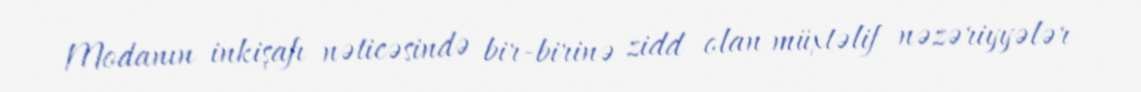
Modanın inkişafı nəticəsində bir-birinə zidd olan müxtəlif nəzəriyyələr